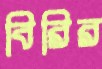
বিরির